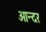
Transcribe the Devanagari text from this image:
आन्दर